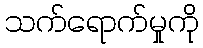
သက်ရောက်မှုကို